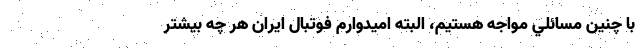
با چنين مسائلي مواجه هستيم، البته اميد‌وارم فوتبال ايران هر چه بيشتر